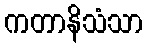
ကတာနိသံသာ